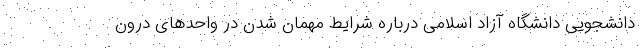
دانشجویی دانشگاه آزاد اسلامی درباره شرایط مهمان شدن در واحدهای درون